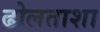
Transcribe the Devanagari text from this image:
ढोलताशा